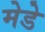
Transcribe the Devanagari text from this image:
मेडे